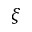
\xi